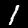
Label: 1